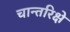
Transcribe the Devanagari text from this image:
चान्तरिक्षे